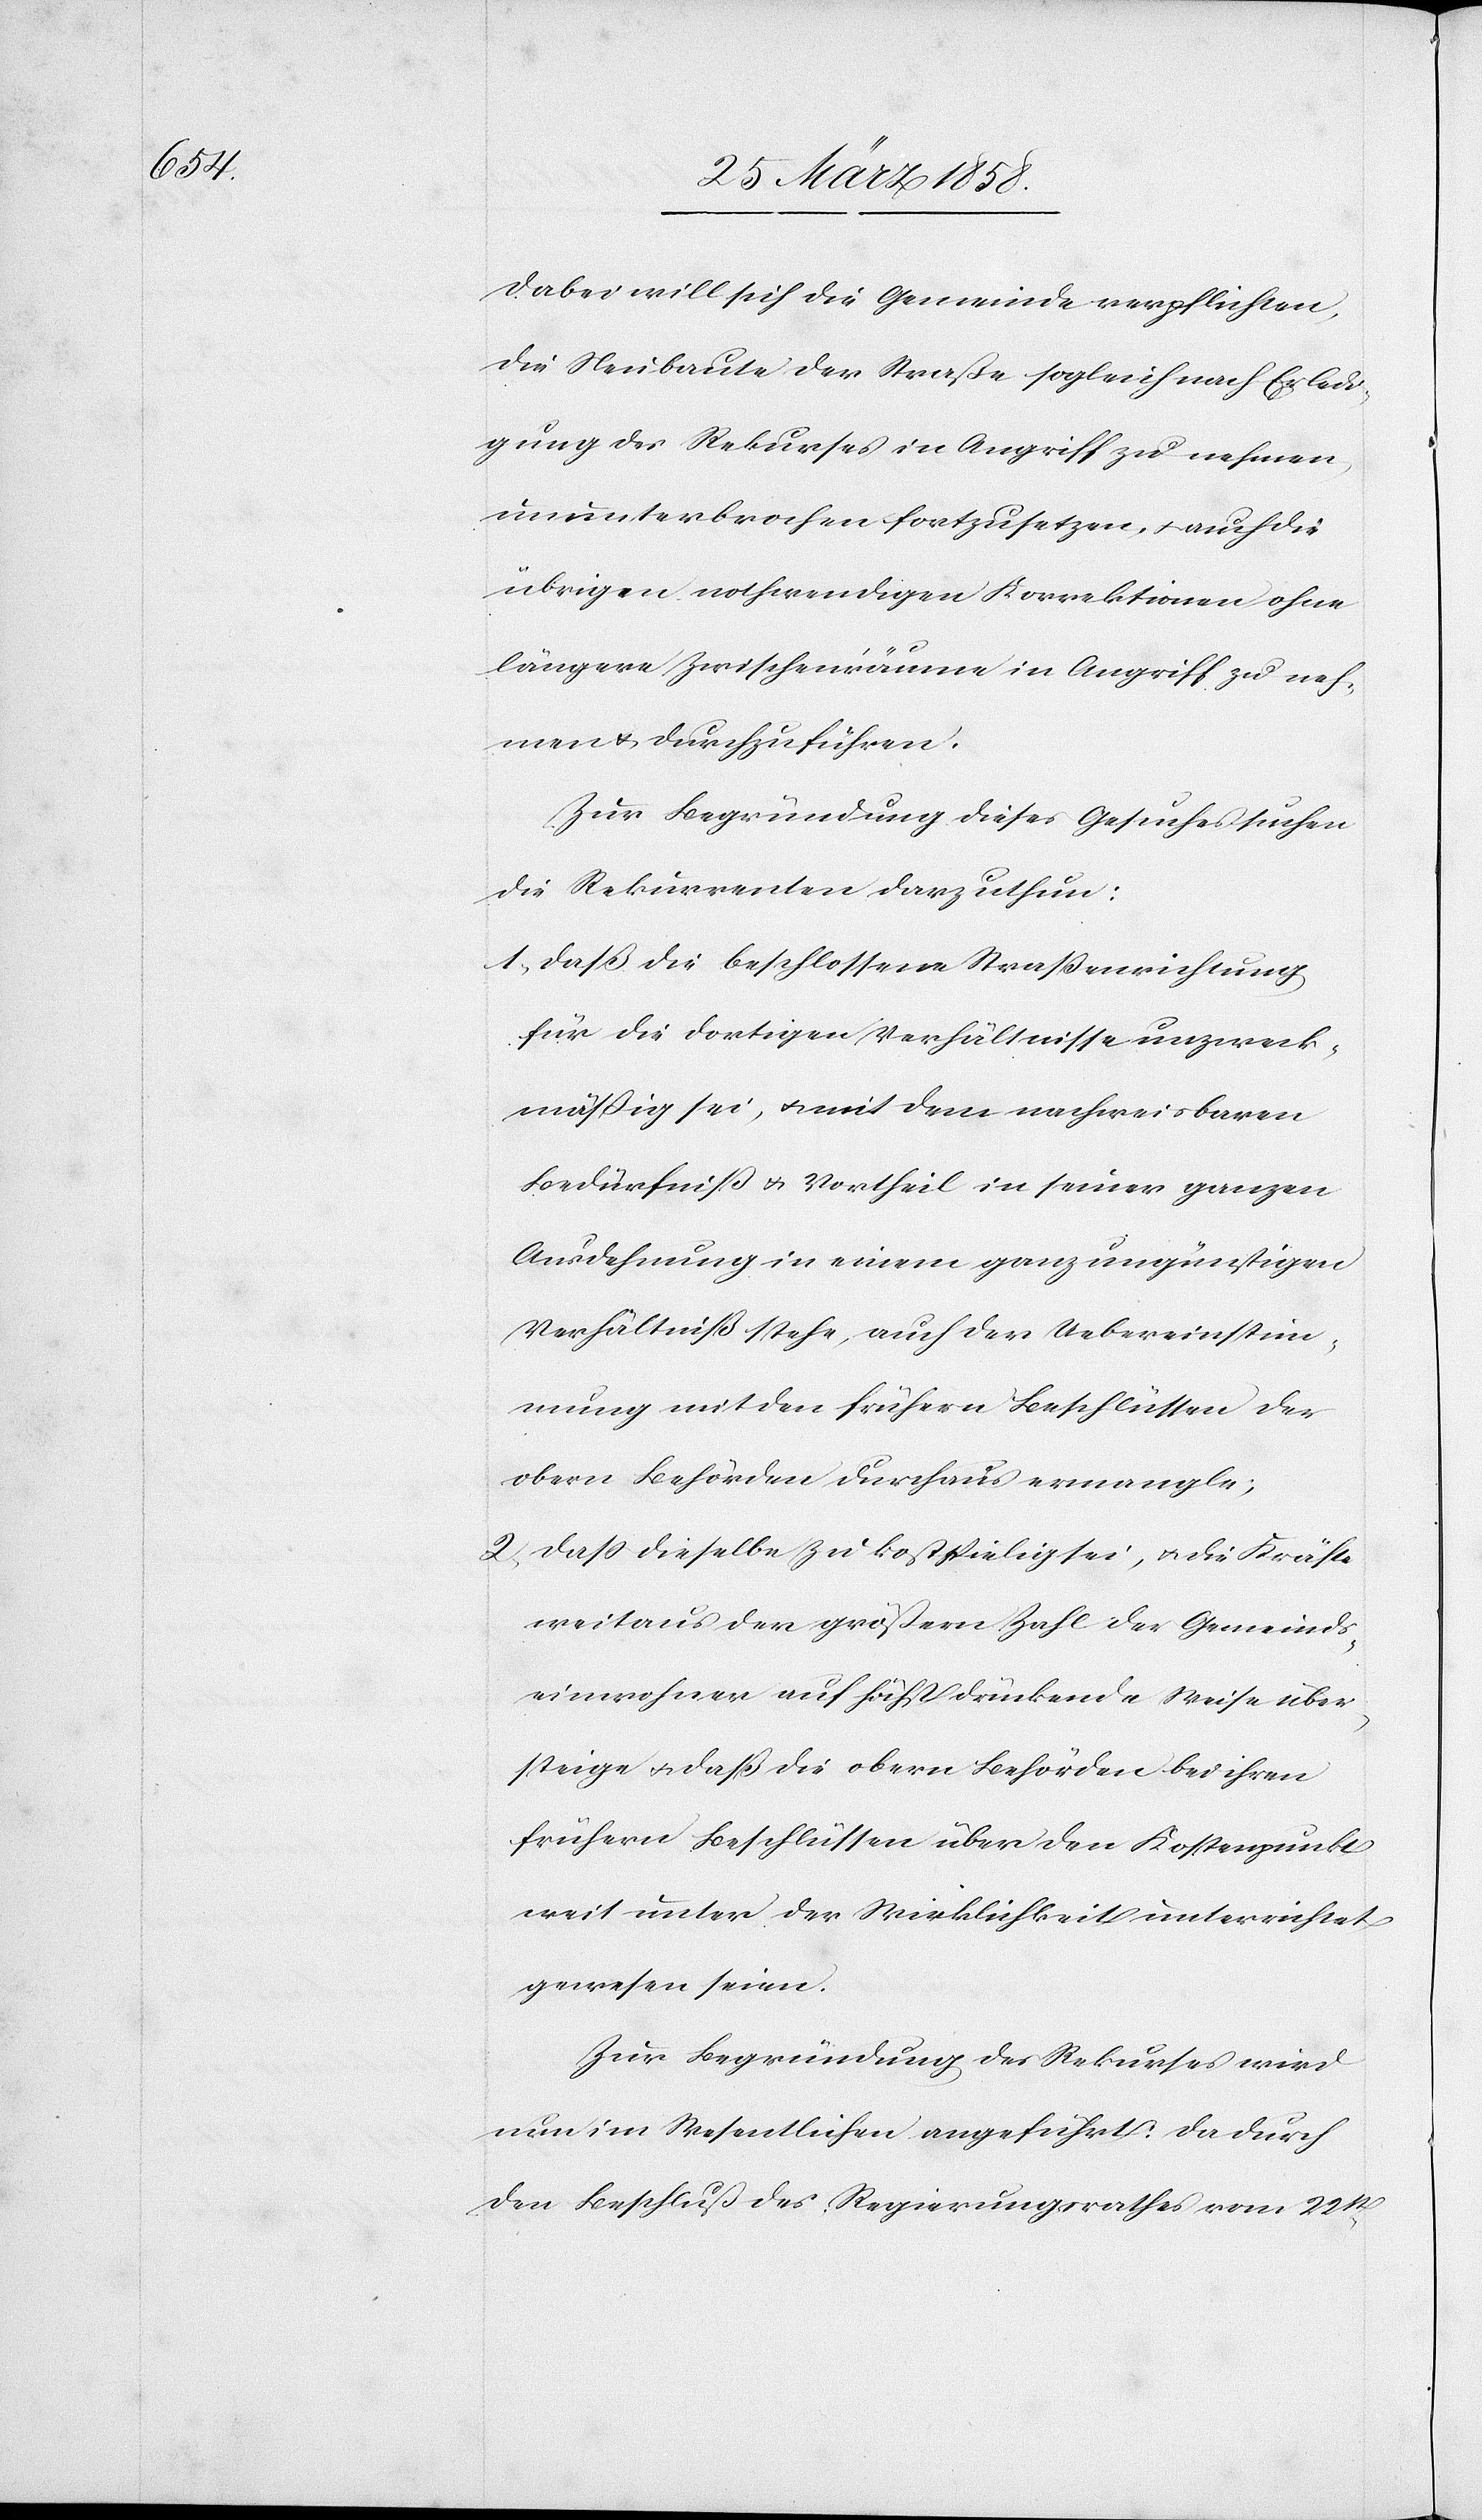
Dabei will sich die Gemeinde verpflichten,
die Neubaute der Straße sogleich nach Erledi¬
gung des Rekurses in Angriff zu nehmen,
ununterbrochen fortzusetzen, u. auch die
übrigen nothwendigen Korrektionen ohne
längere Zwischenräume in Angriff zu neh¬
men u. durchzuführen.
Zur Begründung dieses Gesuches suchen
die Rekurrenten darzuthun:
1) Daß die beschlossene Straßenrichtung
für die dortigen Verhältnisse unzweck¬
mäßig sei, u. mit dem nachweisbaren
Bedürfniß u. Vortheil in seiner ganzen
Ausdehnung in einem ganz ungünstigen
Verhältniß stehe, auch der Uebereinstim¬
mung mit den frühern Beschlüssen der
obern Behörden durchaus ermangle;
2) Daß dieselbe zu kostspielig sei, u. die Kräfte
weitaus der größern Zahl der Gemeinds¬
einwohner auf höchst drückende Weise über¬
steige u. daß die obern Behörden bei ihren
frühern Beschlüssen über den Kostenpunkt
weit unter der Wirklichkeit unterrichtet
gewesen seien.
Zur Begründung des Rekurses wird
nun im Wesentlichen angeführt: Da durch
den Beschluß des Regierungsrathes vom 22st